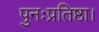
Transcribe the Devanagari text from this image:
पुनःप्रतिष्ठा।